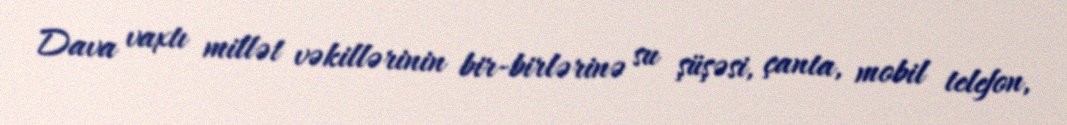
Dava vaxtı millət vəkillərinin bir-birlərinə su şüşəsi, çanta, mobil telefon,